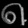
Digit: ၈